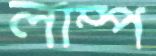
লাম্প